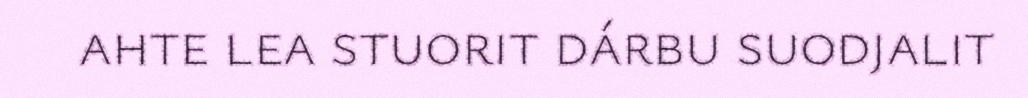
ahte lea stuorit dárbu suodjalit